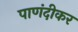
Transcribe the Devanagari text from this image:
पाणंदीकर